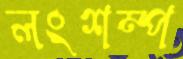
লংশম্প